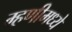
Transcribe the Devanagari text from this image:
म्हणीमध्ये